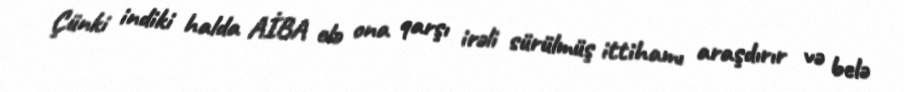
Çünki indiki halda AİBA elə ona qarşı irəli sürülmüş ittihamı araşdırır və belə